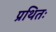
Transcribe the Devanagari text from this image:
प्रथितः